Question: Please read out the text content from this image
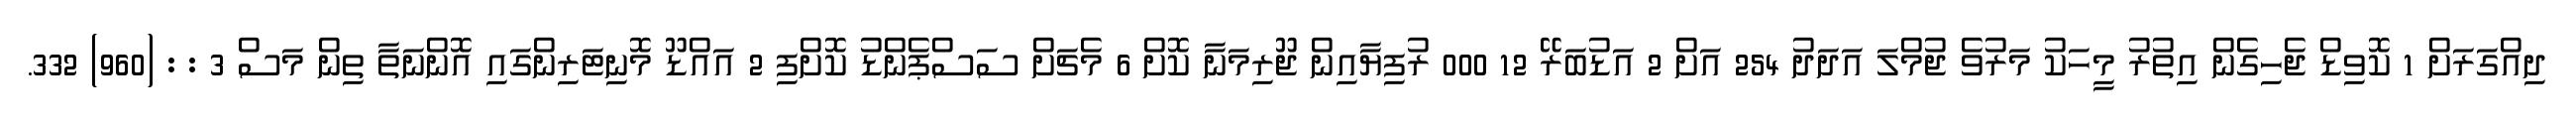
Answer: ދިއްގަރަށް 1 ކޮވިޑް ޖެހިގެން އިތުރު މީހަކު މަރުވެ ޖުމްލަ އަދަދު 254 އަށް 2 އަޑުބަރޭ 12 000 ރުފިޔާއިން ޖޫރިމަނާ ކޮށް 6 މެޗަށް ސަސްޕެންޑު ކޮށްފި 2 އައްޑޫ މޮނިޓަރިންގައި އޮންނަތާ ތިން މަސް 3 : : (960) 332.